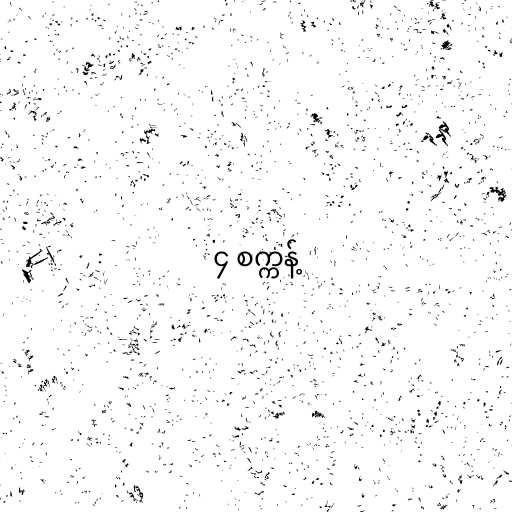
၄ စက္ကန့်